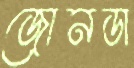
জোনডা